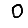
Digit: 0